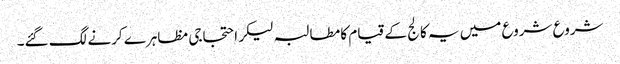
شروع شروع میں یہ کالج کے قیام کا مطالبہ لیکر احتجاجی مظاہرے کرنے لگ گئے۔